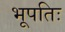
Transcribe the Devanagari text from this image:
भूपतिः